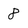
Character: 8